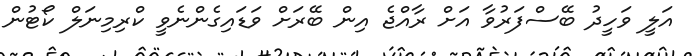
އަލީ ވަހީދު ބޭސްފަރުވާ އަށް ރާއްޖެ އިން ބޭރަށް ވަޑައިގެންނެވީ ކްރިމިނަލް ކޯޓުން